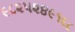
૯૮૨૫૨૪૯૧૬૮